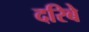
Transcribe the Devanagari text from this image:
दरिबे